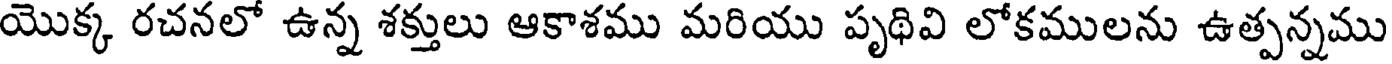
యొక్క రచనలో ఉన్న శక్తులు ఆకాశము మరియు పృథివి లోకములను ఉత్పన్నము